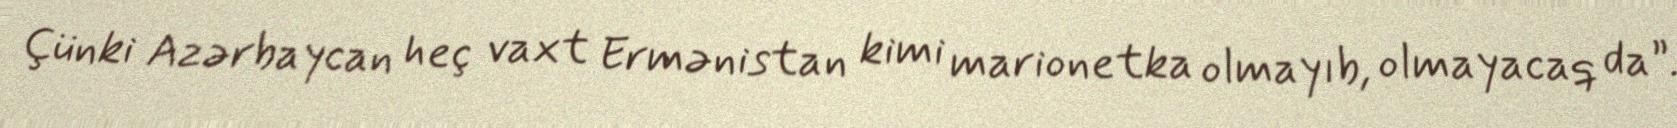
Çünki Azərbaycan heç vaxt Ermənistan kimi marionetka olmayıb, olmayacaq da”.